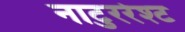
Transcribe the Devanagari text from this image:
नाटुररेश्ट